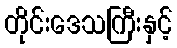
တိုင်းဒေသကြီးနှင့်